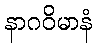
နာဂဝိမာနံ